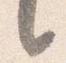
言